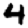
Digit: 4